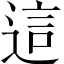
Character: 這